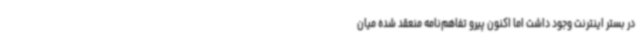
در بستر اینترنت وجود داشت اما اکنون پیرو تفاهم‌نامه منعقد شده میان